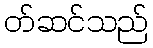
တ်ဆင်သည်